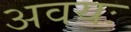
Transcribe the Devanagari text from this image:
अवयः